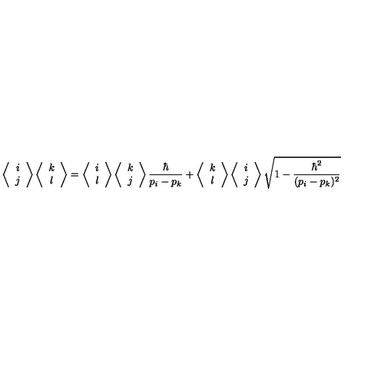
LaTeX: \left\langle \begin{array} { c c } { i } \\ { j } \\ \end{array} \right\rangle \left\langle \begin{array} { c c } { k } \\ { l } \\ \end{array} \right\rangle = \left\langle \begin{array} { c c } { i } \\ { l } \\ \end{array} \right\rangle \left\langle \begin{array} { c c } { k } \\ { j } \\ \end{array} \right\rangle \frac { \hbar } { p _ { i } - p _ { k } } + \left\langle \begin{array} { c c } { k } \\ { l } \\ \end{array} \right\rangle \left\langle \begin{array} { c c } { i } \\ { j } \\ \end{array} \right\rangle \sqrt { 1 - \frac { \hbar ^ { 2 } } { ( p _ { i } - p _ { k } ) ^ { 2 } } }